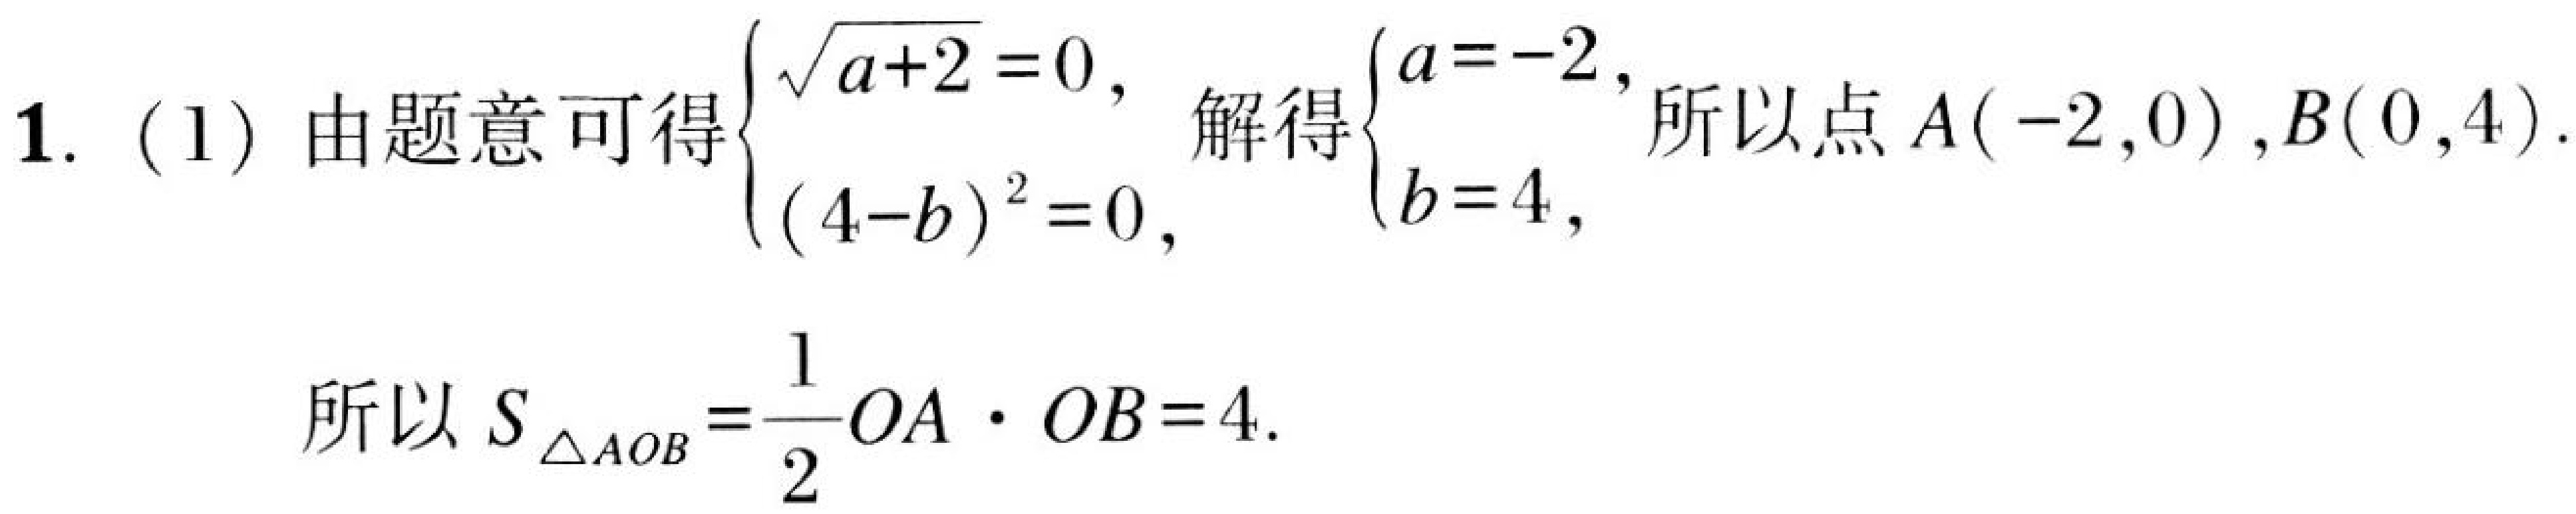
1.（1）由题意可得\(\begin{cases}\sqrt{a + 2}=0,\\(4 - b)^{2}=0,\end{cases}\) 解得\(\begin{cases}a = - 2,\\b = 4,\end{cases}\)所以点\(A(-2,0)\),\(B(0,4)\).

所以\(S_{\triangle AOB}=\dfrac{1}{2}OA\cdot OB = 4\).